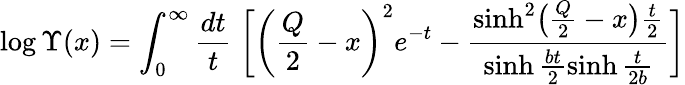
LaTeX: \log\Upsilon(x)=\int_{0}^{\infty}\frac{dt}{t}\; \biggl[\biggl(\frac{Q}{2}-x\biggr)^{2}e^{-t}-\frac{\sinh^{2}\bigl(\frac{Q}{2}-x\bigr)\frac{t}{2}}{\sinh\frac{bt}{2}\sinh\frac{t}{2b}}\biggr]